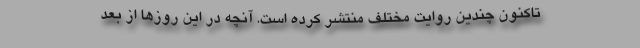
تاکنون چندین روایت مختلف منتشر کرده ‌است. آنچه در این ‌روزها از بُعد